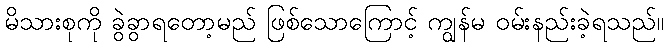
မိသားစုကို ခွဲခွာရတော့မည် ဖြစ်သောကြောင့် ကျွန်မ ဝမ်းနည်းခဲ့ရသည်။